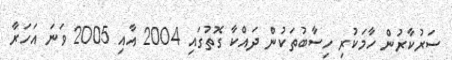
ސަރުކާރުން ހާމަކުރި ހިސާބުތަކުން ދައްކާ ގޮތުގައި 2004 އާއި 2005 ވަނަ އަހަރާ